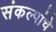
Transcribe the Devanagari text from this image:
संकल्पांचे